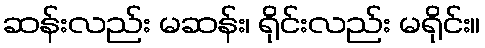
ဆန်းလည်း မဆန်း၊ ရိုင်းလည်း မရိုင်း။